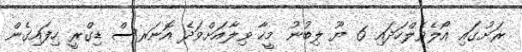
ރަށުގައި އޯލެވެލްހަދައި 6 ޔޫ ލިބުނު މީހާ ވިލާއަށްވަދެ އޮނަރސް ޑިގްރީ ހިފައިގެން